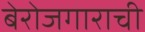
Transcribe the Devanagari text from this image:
बेरोजगाराची